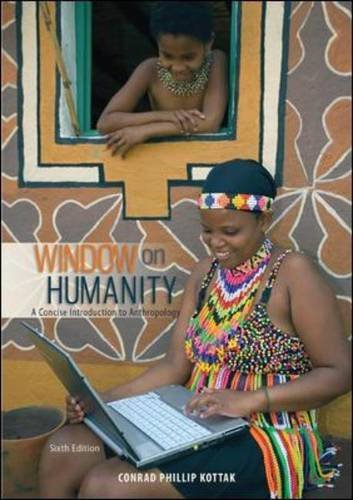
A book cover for Window on Humanity: A Concise Introduction to General Anthropology; Conrad Kottak; Science & Math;